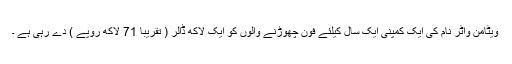
ویٹامن واٹر نام کی ایک کمپنی ایک سال کیلئے فون چھوڑنے والوں کو ایک لاکھ ڈالر ( تقریبا 71 لاکھ روپے ) دے رہی ہے ۔